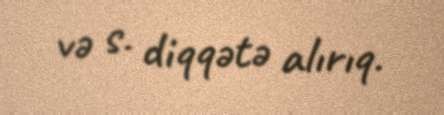
və s. diqqətə alırıq.